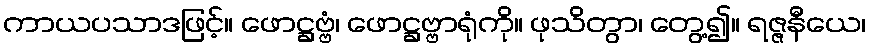
ကာယပသာဒဖြင့်။ ဖောဋ္ဌဗ္ဗံ၊ ဖောဋ္ဌဗ္ဗာရုံကို။ ဖုသိတွာ၊ တွေ့၍။ ရဇ္ဇနီယေ၊